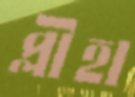
প্লীহা